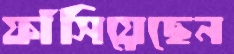
ফাঁসিয়েছেন